Vital statistics of India. Vol. VI, European troops 1870-79
Year: 1870
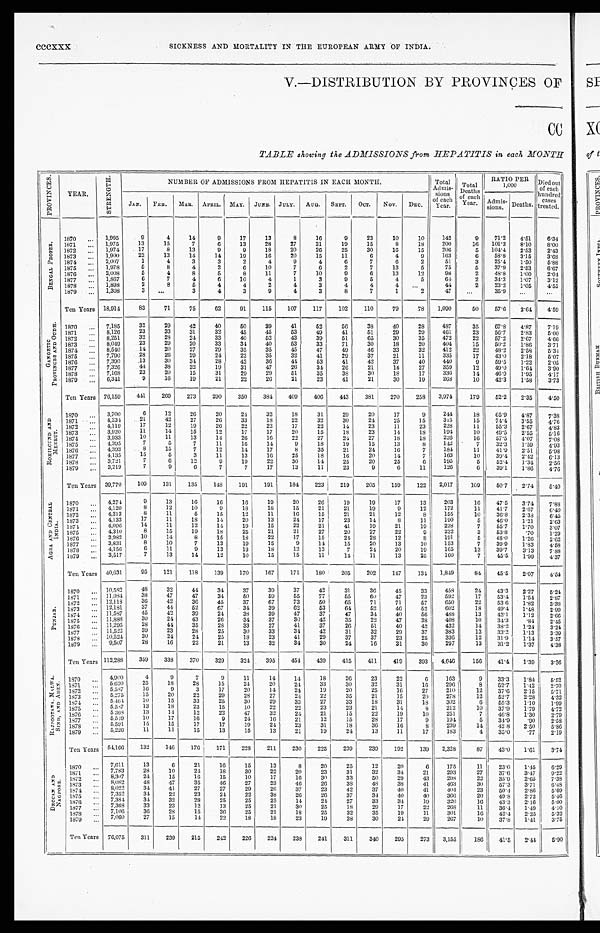
cccxxx
SICKNESS AND MORTALITY IN THE EUROPEAN ARMY OF INDIA.
V.—DISTRIBUTION BY PROVINCES OF
TABLE showing the ADMISSIONS from HEPATITIS in each MONTH
P R O V I N C E S .
YEAR.
S T R E N G T H .
NUMBER OF ADMISSIONS FROM HEPATITIS IN EACH MONTH.
Total
Admis-
sions
of each
Year.
Total
D e a t h s
o f e a c h
Y e a r .
RATIO PER
1,000
D i e d o u t
o f e a c h
h u n d r e d
c a s e s
t r e a t e d .
JAN. FEB. MAR. APRIL. MAY. JUNE. JULY. AUG. SEPT. OCT. NOV. DEC.
Admis-
sions. Deaths.
B E N G A L P R O P E R .
1870 ... 1,995
9
4
14
9
17
13
8
16
9
23
10
10
142
9
71.2
4 . 5 1
6 . 3 4
1871
... 1,975
13
15
7
6
13
28
27
31
19
15
8
18
200
16 101.3
8 . 1 0
8 . 0 0
1872 ... 1,974
17
8
13
9
9
18
20
26
25
30
16
15
206
5 104.4 2.53
2.43
1873 ... 1,900
22
13
14
14
19
16
20
15
11
6
4
9
163
6
58.8
3.15
3 . 6 8
1874 ... 2,007
1
4
3
3
2
4
9
4
6
7
6
2
51
3
25.4
1.50
5 . 6 8
1875 ... 1,978
5
8
4
2
6
10
7
6
2
7
13
5
75
5
37.9
2 . 5 3
6 . 6 7
1876 ... 2,008
5
4
8
5
8
11
7
10
9
6
13
12
98
2
48.8
1.00
2 . 0 4
1877 ... 1,867
6
7
4
6
10
4
1
3
9
5
4
5
64
2
34.3
1.07
3 . 1 2
1878 ... 1,898
2
8
5
4
4
2
4
3
4
4
4
. . .
44
2
23.2
1 . 0 5
4 . 5 5
1879 ... 1,308
3 ...
3
4
3
9
4
3
8
7
1
2
47
. . .
35.9 ...
. . .
Ten Years 18,914
83
71
75
62
91
115
107
117
102
110
79
78 1,090
50
57.6
2.64
4.59
G A N G E T I C
P R O V I N C E S A N D O U D H .
1870 ... 7,185
32
29
42
40
50
39
41
52
56
38
40
28
487
35
67.8
4 . 8 7
7 . 1 9
1871 ... 8,126
23
33
31
32
45
45
53
49
41
51
29
29
461
23
56.7
2.83
5 . 0 0
1872 ... 8,251
32
28
24
33
40
52
43
39
51
65
30
35
472
22
57.2
2.67
4 . 6 6
1873 ... 8,049
23
29
20
33
34
40
53
33
71
30
18
20
404
15
50.2
1.86
3.71
1874 ... 8,540
14
20
27
29
35
35
45
47
49
46
33
32
412
22
48.2
2.58
5.34
1875 ... 7,790
28
26
29
24
22
35
32
41
29
37
21
11
335
17
43.0
2 . 1 8
5 . 0 7
1876 ... 7,390
13
30
34
28
42
36
44
53
41
42
37
40
440
9
59.5
1.22
2 . 0 5
1877 ... 7,326
44
38
32
19
31
47
26
34
26
21
14
27
359
12
49.0
1 . 6 4
3 . 9 0
1878 ... 7,168
23
20
15
31
29
29
51
35
38
30
18
17
336
14
46.9
1 . 9 5
4 . 1 7
1879 ... 6,341
9
16
19
21
22
26
21
23
41
21
30
19
268
10
42.3
1.58
3.73
Ten Years 76,159
441
269
273
290
350
384
409
406
443
381
270
258 3,974
179
52.2
2.35
4.50
R O H I L C U N D A N D
M E E R U T . 1870 ... 3,700
6
12
26
20
24
32
18
31
29
20
17
9
244
18
65.9
4 . 8 7
7 . 3 8
1871 ... 4,234
21
42
27
26
33
18
22
32
30
24
25
15
315
15
7 4 . 4
3 . 5 5
4 . 7 6
1872 ... 4,119
17
12
19
26
22
22
17
22
14
23
11
23
228
11
55.3 2.67
4 . 8 3
1873 ... 3,920
11
14
15
12
17
17
20
15
18
23
14
18
194
10
49.5
2 . 5 5
5 . 1 6
1874 ... 3,933
10
11
13
14
26
16
22
27
24
27
18
18
226
16
57.5
4.07
7 . 0 8
1 8 7 5
... 4,395
7
5
7
11
16
14
9
18
19
15
13
8
142
7
32.3
1.59
4 . 9 3
1876 ... 4,393
8
15
7
12
14
17
8
35
21
24
16
7
1 8 4 11
41.9
2.51
5 . 9 8
1877 ... 4,135
15
5
3
11
13
16
25
1 8
16
20
14
7
163
10
39.4
2 . 4 2
6. 13
1878 ... 3,721
7
6
12
9
19
22
30
14
25
20
25
6
195
5
5 2 . 4 1.34
2 . 5 6
1879 ... 3,219
7
9
6
7
7
17
13
11
23
9
6
11
126
6
39.1
1.86
4.76
Ten Years 39,770
109
131
135
148
191
191
184
223
219
205
159
122 2,017
109
50.7
2.74
5.40
A G R A A N D C E N T R A L
I N D I A . 1870 ... 4,274
9
13
16
16
16
19
20
26
19
19
17
13
203
16
47.5
3.74
7 . 8 8
1871 ... 4,120
8
12
10
9
18
18
15
21
21
19
9
12
172
11
41.7
2 . 6 7
6 . 4 0
1872 ... 4,213
8
11
5
15
12
11
16
15
21
21
12
8
155
10
36.8
2 . 3 8
6 . 4 5
1873 ...
4,133
17
11
18
14
20
13
24
17
23
14
8
11
190
5
46.0
1.21
2 . 6 3
1 8 7 4
... 4,096
14
11
12
14
19
15
22
21
41
19
21
19
228
7
55.7
1.70
3 . 0 7
1875 ... 4,310
8
15
19
1 8
25
21
21
27
20
27
22
9
232
3
53.8
. 7 0
1 . 2 9
1876 ... 3,982
10
14
8
15
18
22
17
15
214
28
12
8
191
5
48.0
1 . 2 6
2 . 6 2
1877 ... 3,831
8
10
7
13
19
15
9
14
15
20
13
10
153
7
39.9
1 . 8 3
4 . 5 8
1878 ... 4,156
6
11
9
13
13
18
12
13
7
24
20
19
165
13
39.7
3.13
7 . 8 8
1879 ... 3,517
7
13
14
12
10
15
15
11
14
1 1
13
25
160
7
45.5
1.99
4.37
Ten Years 40,631
95
121
118
139
170
167
171
180
205
202
147
134 1,849
84
45.5
2.07
4.54
P U N J A B .
1870 ... 10,582
48
32
44
34
37
39
37
42
31
36
45
33
458
24 43.3
2 . 2 7
5 . 2 4
1871 ... 11,084
38
47
47
34
50
59
55
77
55
60
47
23
592
17
53.4
1 . 5 4
2 . 8 7
1872 ... 12,118
36
42
36
45
37
67
73
50
65
71
71
57
650
22
53.6
1.82
3 . 3 8
1873 ... 12.181
37
44
52
67
34
39
62
53
64
52
46
52
602
18
49.4
1 . 4 8
2 . 9 9
1874 ... 11,587
45
42
39
24
38
39
47
37
47
34
40
56
488
13
42.1
1 . 1 2
2 . 6 6
1875 ... 11,888
30
24
43
26
34
37
30
42
35
22
47
38
408
10
34.3
. 8 4
2 . 4 5
1876 ... 11,295
28
44
35
28
33
27
41
37
26
51
40
42
432
14
38.2
1.24
3 . 2 4
1877 ... 11,522
39
23
28
25
30
33
34
42
31
32
29
37
383
13
33.2
1 . 1 3
3 . 3 9
1878 ... 10,524
30
24
24
25
18
23
41
29
37
37
23
25
336
12
31.9
1 . 1 4
3 . 5 7
1879 ...
9 , 5 0 7
28
16
22
21
13
32
34
30
24
16
31
30
297
13
31.2
1.37
4.38
Ten Years 112,288
359
338
370
329
324
395
454
439
415
411
419
393 4,646
156
41.1 1.39
3.36
R A J P O O T A N A , M A L W A ,
S I N D , A N D A D E N .
1870 ... 4,900
4
9
7
9
11
14
14
18
26
23
22
6
163
9
3 3 . 3
1 . 8 4
5 . 5 2
1871 ... 5.620
25
18
28
15
24
20
24
33
30
32
31
16
296
8
52.7 1.42
2 . 7 0
1872 ... 5,587
16
9
3
17
20
14
24
19
20
25
16
27
210
12
37.6
2 . 1 5
5 . 7 1
1873 ... 5,275
15
20
22
29
28
27
24
22
35
21
15
20
278
12
5 2 . 7
2 . 2 8
4 . 3 2
1874 ... 5,464
10
15
33
25
30
29
33
27
33
18
31
18
302
6
55.3
1.10
1 . 9 9
1875. ... 5,587
1 3
18
23
15
10
22
22
23
23
21
14
8
212
10
3 7 . 9
1 . 7 9
4 . 7 2
1876 ... 5,368
13
14
12
22
47
32
24
21
15
22
19
10
251
7
46.8
1.30
2 . 7 9
1877 ... 5,549
10
17
16
9
24
16
21
12
15
28
17
9
194
5 3 4 . 9
. 9 0
2 . 5 8
1878
... 5,591
15
15
17
17
19
24
23
31
18
36
16
8
239
1 4 42.8
2 . 5 0
5 . 8 6
1879 ... 5,226
11
11
1 5
13
15
13
21
19
24
13
11
17
183
4
3 5 . 0 .77
2 . 1 9
Ten Years 54,166
132
146
176
171
228
211
230
225
239
239
192
139 2,328
87
43.0 1.61
3.74
D E C C A N A N D N A G P O R E .
1870 ... 7,611
13
6
21
16
15
13
8
20
25
12
20
6
175
11
2 3 . 0
1 . 4 5
6 . 2 9
1871 ... 7,783
28
10
24
18
30
22
20
23
31
32
34
21
293
27
37.6
3 . 4 7
9 . 2 2
1872 ... 8,307
24
15
16
15
10
17
16
30
33
50
29
43
298
22
3 5 . 9
2 . 6 5
7 . 3 8
1873 ...
8 , 0 8 2 48
47
35
46
27
23
46
26
38
48
38
41
463
30
5 7 . 3 3.71
6 . 4 8
1874 ... 8,022
34
41
27
27
29
26
37
23
42
37
40
41
404
23
50.4 2.86
5.69
1875 ... 7,352
34
22
23
24
22
38
26
26
37
34
40
40
366
20
4 9 . 8
2 . 7 2
5 . 4 6
1876 ... 7,384
34
32
28
25
25
25
14
24
27
33
34
19
320
16
43.3
2.16
5.00
1877 ... 7,368
33
23
12
13
25
21
30
25
18
29
17
2 2 268
1 1
3 6 . 4
1 . 4 9
4 . 1 0
1878 ... 7,106
36
28
15
36
25
21
18
25
32
35
19
11
301
16
4 2 . 4 2.25
5 . 3 2
1879 ... 7,060
27
15
14
22
18
18
23
19
28
30
24
29
267
10
37.8 1.41
3.75
Ten Years 76,075
311
239
215
242
226
224
238
241
311
340
295
273 3,155
186
41.5 2.44
5.90